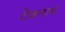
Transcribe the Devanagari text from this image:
टेकनाथ